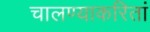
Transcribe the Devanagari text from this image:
चालण्याकरितां